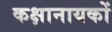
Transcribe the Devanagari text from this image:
कक्षानायकों